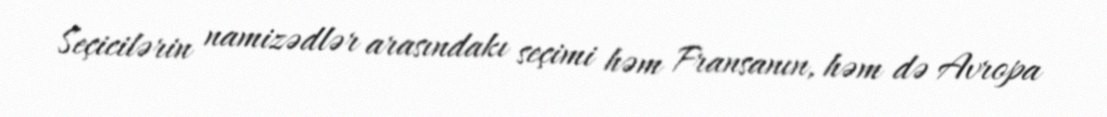
Seçicilərin namizədlər arasındakı seçimi həm Fransanın, həm də Avropa